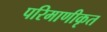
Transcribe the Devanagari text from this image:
परिमाणीकृत